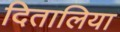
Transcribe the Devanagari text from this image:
दितालिया